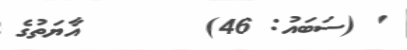
' (ސަބައު: 46)       އާޔަތުގެ